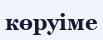
көруіме